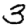
Digit: 3